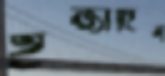
ইজাদিন